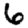
Digit: 6